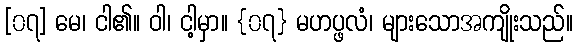
[၀၇] မေ၊ ငါ၏။ ဝါ၊ ငါ့မှာ။ {၀၇} မဟပ္ဖလံ၊ များသောအကျိုးသည်။